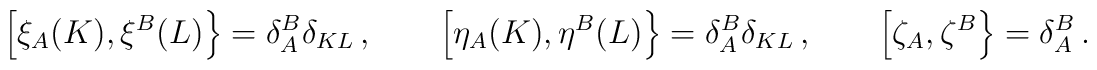
\left[ \xi_A(K) , \xi^B(L) \right\} = \delta_A^B \delta_{KL} \,, \qquad\left[ \eta_A(K) , \eta^B(L) \right\} = \delta_A^B \delta_{KL} \,, \qquad\left[ \zeta_A , \zeta^B \right\} = \delta_A^B \,.